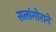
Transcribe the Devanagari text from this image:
सलांगोराने